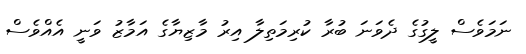
ނަމަވެސް ލީގުގެ ދެވަނަ ބުރާ ކުރިމަތިލާ އިރު މާޒިޔާގެ އަމާޒު ވަނީ އެއްވެސް